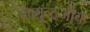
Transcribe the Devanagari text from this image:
जानुव्दओय